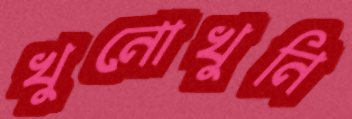
খুনোখুনি